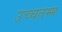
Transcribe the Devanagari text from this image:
उच्चतम्म